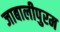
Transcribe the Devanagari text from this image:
जाबालीपुरम